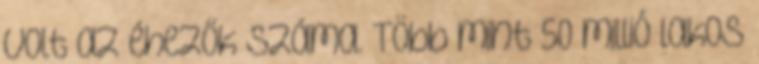
volt az éhezők száma. Több mint 50 millió lakos